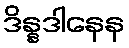
ဒိန္နဒါနေန